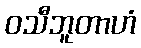
ဝသီဘူတာဟံ